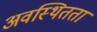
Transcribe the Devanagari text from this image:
अवस्थितता